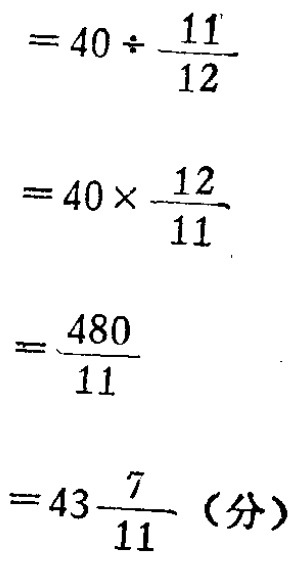
\[

\begin{align*}

&=40\div\frac{11}{12}\\

&=40\times\frac{12}{11}\\

&=\frac{480}{11}\\

&=43\frac{7}{11} \text{（分）}

\end{align*}

\]